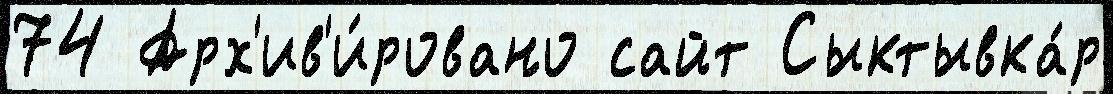
74 Арх'ив'и́ровано сайт Сыктывка́р